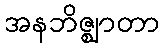
အနဘိဇ္ဈာတာ